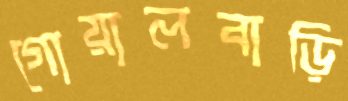
গোয়ালবাড়ি